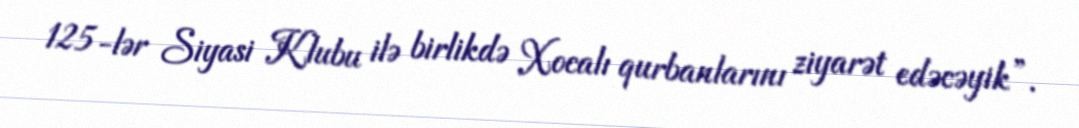
125-lər Siyasi Klubu ilə birlikdə Xocalı qurbanlarını ziyarət edəcəyik”.